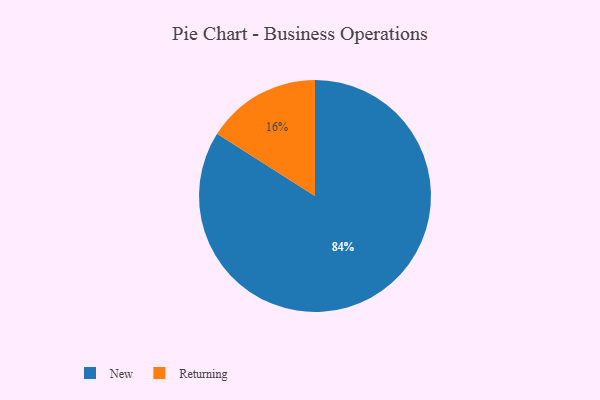
{"axis": {"x": "Category", "y": "Percentage"}, "legend": ["New", "Returning"], "data": [{"x": "New", "y": 84, "type": "New"}, {"x": "Returning", "y": 16, "type": "Returning"}]}